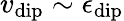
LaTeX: v_{\mathrm{dip}}\sim\epsilon_{\mathrm{dip}}